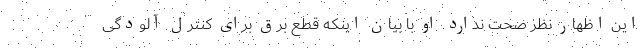
این اظهار نظر صحت ندارد. او با بیان اینکه قطع برق برای کنترل آلودگی